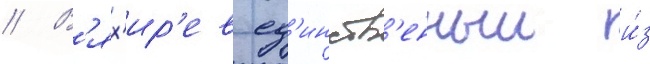
// В'ях'ир'ев ед'инств'енныи и́з